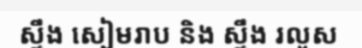
ស្ទឹង សៀមរាប និង ស្ទឹង រលួស